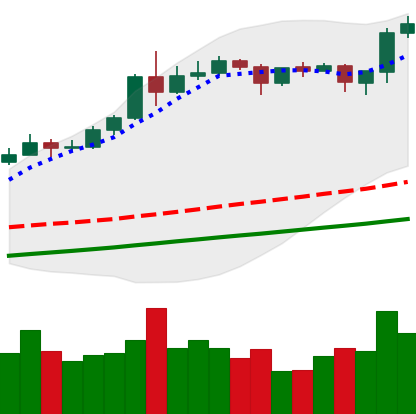
Ticker: ETH-USD
Chart end date: 2020-08-14
Forward return: -7.072%
Label: down_7plus